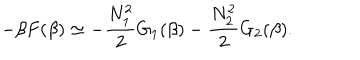
LaTeX: - \beta F ( \beta ) \simeq - \frac { N _ { 1 } ^ { 2 } } { 2 } G _ { 1 } ( \beta ) - \frac { N _ { 2 } ^ { 2 } } { 2 } G _ { 2 } ( \beta ) .